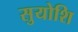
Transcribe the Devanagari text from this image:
सुयोशि